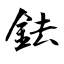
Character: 鉣